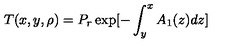
T ( x , y , \rho ) = P _ { r } \exp [ - \int _ { y } ^ { x } A _ { 1 } ( z ) d z ]